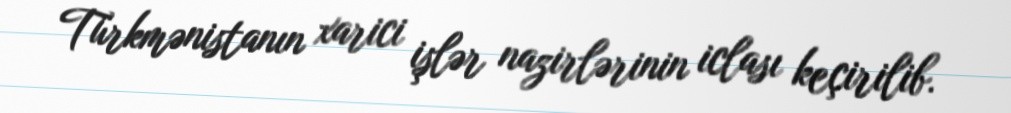
Türkmənistanın xarici işlər nazirlərinin iclası keçirilib.